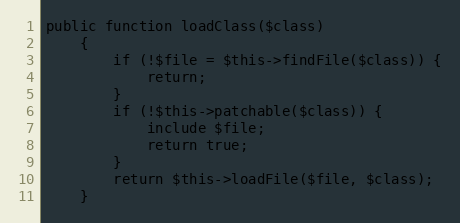
Language: PHP
public function loadClass($class)
    {
        if (!$file = $this->findFile($class)) {
            return;
        }
        if (!$this->patchable($class)) {
            include $file;
            return true;
        }
        return $this->loadFile($file, $class);
    }